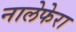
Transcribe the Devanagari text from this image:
नालेफेरा